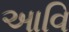
આવિ